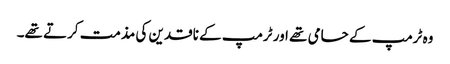
وہ ٹرمپ کے حامی تھے اور ٹرمپ کے ناقدین کی مذمت کرتے تھے۔